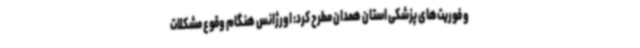
و فوریت‌های پزشکی استان همدان مطرح کرد: اورژانس هنگام وقوع مشکلات